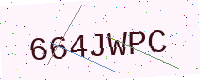
Text: 664JWPC